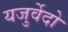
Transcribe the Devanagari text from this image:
यजुर्वेदो